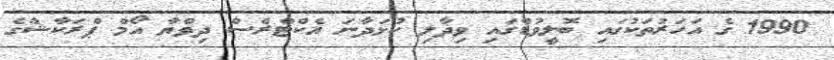
1990 ގެ އަހަރުތަކުގައި ބޮލީވުޑްގައި ވިދާލި ކުޅަދާނަ އެކްޓްރެސް ދިވްޔާ އޯމް ޕްރަކާޝްގެ